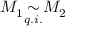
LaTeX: M _ { 1 } { \underset { q . i . } { \sim } } M _ { 2 }